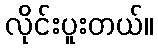
လိုင်းပူးတယ်။